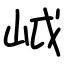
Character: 㞽